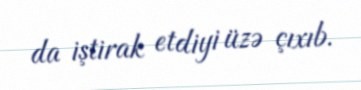
da iştirak etdiyi üzə çıxıb.